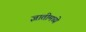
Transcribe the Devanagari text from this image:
ज्ञातीमध्ये